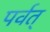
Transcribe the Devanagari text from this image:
पर्वत्